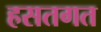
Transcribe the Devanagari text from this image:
हसतगत